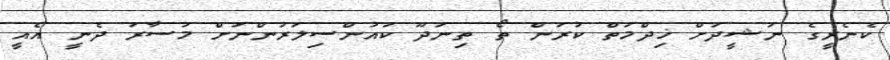
ކެނެރީގެ ނަޝީދަށް ޚިދްމަތް ކުރަން ތޯ ތިނަދޫ ކައުންސިލަރުންނަށް މުސާރަ ދެނީ އެއީ